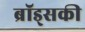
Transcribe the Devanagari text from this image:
ब्रॉड्सकी